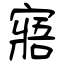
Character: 寤